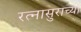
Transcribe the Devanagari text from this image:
रत्नासुराच्या